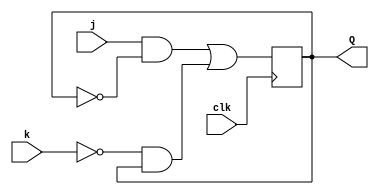
module jk_flip_flop(j, k, clk, Q);
  input j, k, clk;
  output Q;
  reg Q;  
  always@(posedge clk)
  begin
    Q <= (j&&~Q)||(~k&&Q);
  end
endmodule
  
module test_jk_ff;
  reg j, k, clk;
  wire Q;
  
  jk_flip_flop jkff(j, k, clk, Q);
  
  initial
    clk = 0;
    
  
  always
  #2 clk = ~clk;
  
  initial begin
 j=0; k=0; 
 #2
 j=1; k=1; 
 #2
 j=0; k=1;
 #2
 j=1; k=0;
end

initial
$monitor($time, "j:%b k:%b Q:%b, clk:%b", j, k, Q, clk);
  
endmodule